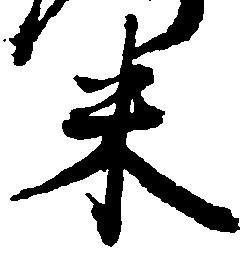
米